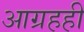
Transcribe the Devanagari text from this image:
आग्रहही